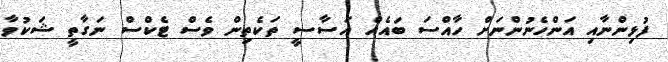
ފުޅިންނާއި އަންހެނުންނަށް ހާއްސަ ބައެއް އަސާސީ ތަކެތިން ވެސް ޓެކްސް ނަގާތީ ޝަކުވާ